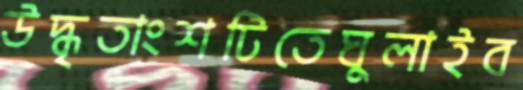
উদ্ধৃতাংশটিতেঘুলাইব